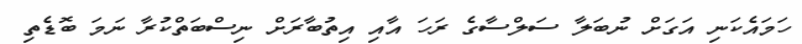
ހަމައެކަނި އަގަށް ނުބަލާ ސަލްސާގެ ރަހަ އާއި އިތުބާރަށް ނިސްބަތްކުރާ ނަމަ ބޮޑެތި